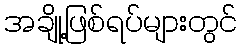
အချို့ဖြစ်ရပ်များတွင်